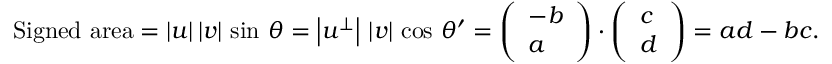
{ \mathrm { S i g n e d ~ a r e a } } = | { \boldsymbol { u } } | \, | { \boldsymbol { v } } | \, \sin \, \theta = \left| { \boldsymbol { u } } ^ { \perp } \right| \, \left| { \boldsymbol { v } } \right| \, \cos \, \theta ^ { \prime } = { \left( \begin{array} { l } { - b } \\ { a } \end{array} \right) } \cdot { \left( \begin{array} { l } { c } \\ { d } \end{array} \right) } = a d - b c .